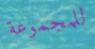
للمجموعة